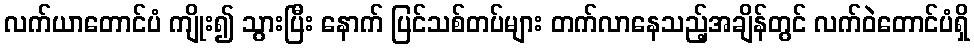
လက်ယာတောင်ပံ ကျိုး၍ သွားပြီး နောက် ပြင်သစ်တပ်များ တက်လာနေသည့်အချိန်တွင် လက်ဝဲတောင်ပံရှိ